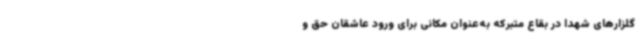
گلزارهای شهدا در بقاع متبرکه به‌عنوان مکانی برای ورود عاشقان حق و